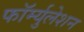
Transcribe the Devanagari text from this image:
फॉर्म्युलेशन